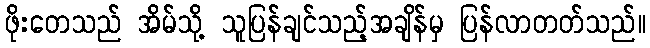
ဖိုးတေသည် အိမ်သို့ သူပြန်ချင်သည့်အချိန်မှ ပြန်လာတတ်သည်။